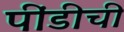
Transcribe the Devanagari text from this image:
पींडीची